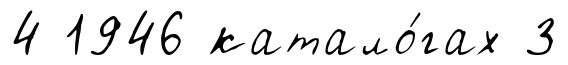
4 1946 катало́гах 3